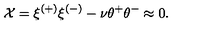
{ \cal X } = \xi ^ { ( + ) } \xi ^ { ( - ) } - \nu \theta ^ { + } \theta ^ { - } \approx 0 .